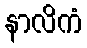
နာလိကံ